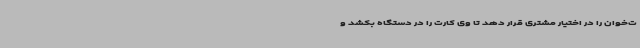
ت‌خوان را در اختیار مشتری قرار دهد تا وی کارت را در دستگاه بکشد و